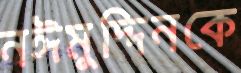
নঈমুদ্দিনকে